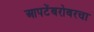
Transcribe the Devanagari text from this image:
आपटेंबरोबरचा